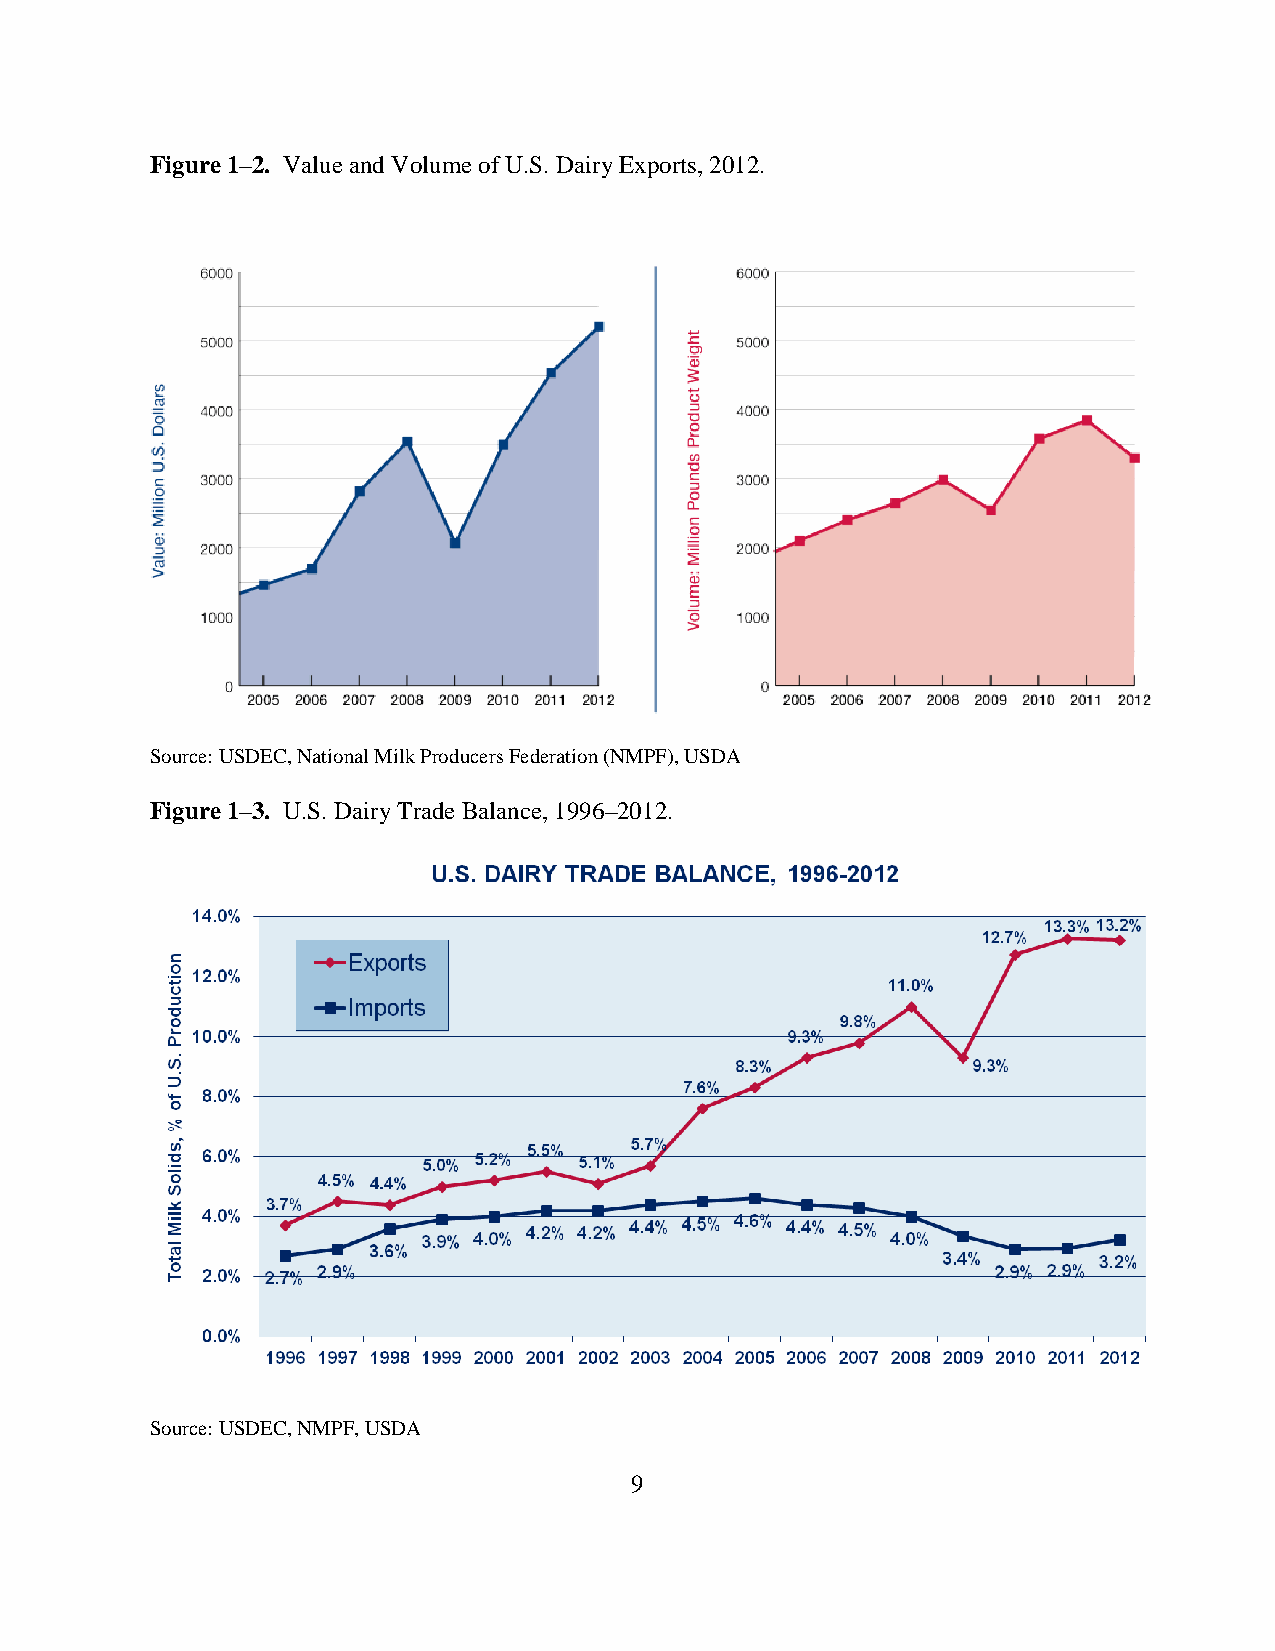
Figure 1–2. Value and Volume of U.S. Dairy Exports, 2012.
 Source: USDEC, National Milk Producers Federation (NMPF), USDA
 Figure 1–3. U.S. Dairy Trade Balance, 1996–2012.
 Source: USDEC, NMPF, USDA
 9